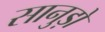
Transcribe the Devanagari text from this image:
सानुड़ो